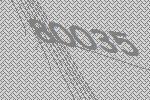
80035